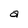
Character: a